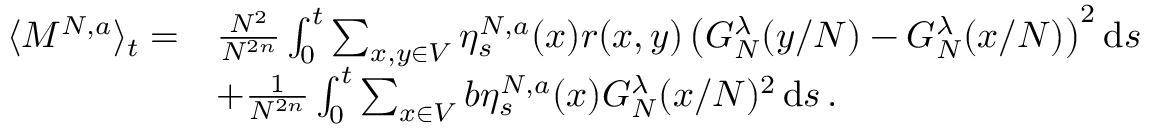
\begin{array} { r l } { \langle M ^ { N , a } \rangle _ { t } = } & { \frac { N ^ { 2 } } { N ^ { 2 n } } \int _ { 0 } ^ { t } \sum _ { x , y \in V } \eta _ { s } ^ { N , a } ( x ) r ( x , y ) \left( G _ { N } ^ { \lambda } ( y / N ) - G _ { N } ^ { \lambda } ( x / N ) \right) ^ { 2 } \mathrm { d } s } \\ & { + \frac { 1 } { N ^ { 2 n } } \int _ { 0 } ^ { t } \sum _ { x \in V } b \eta _ { s } ^ { N , a } ( x ) G _ { N } ^ { \lambda } ( x / N ) ^ { 2 } \, \mathrm { d } s \, . } \end{array}